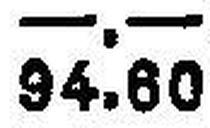
94.60